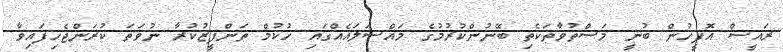
ރައީސް އޮފީހުން ބުނީ މަސްތުވާތަކެތި ބޭނުންކުރުމުގެ މައްސަލައެއްގައި ހުކުމް ތަންފީޒުކުރާ ނުވަތަ ކުރަންޖެހިފައިވާ